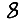
Digit: 8